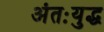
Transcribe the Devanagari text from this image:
अंतःयुद्ध